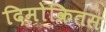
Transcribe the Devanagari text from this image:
दिमोक्रितस